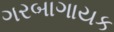
ગરબાગાયક